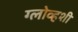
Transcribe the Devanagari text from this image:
ग्लोव्हशी